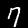
Digit: 7